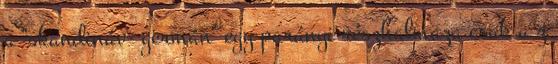
a "skandináv- germán" egy parányi részhalmaza csak a z